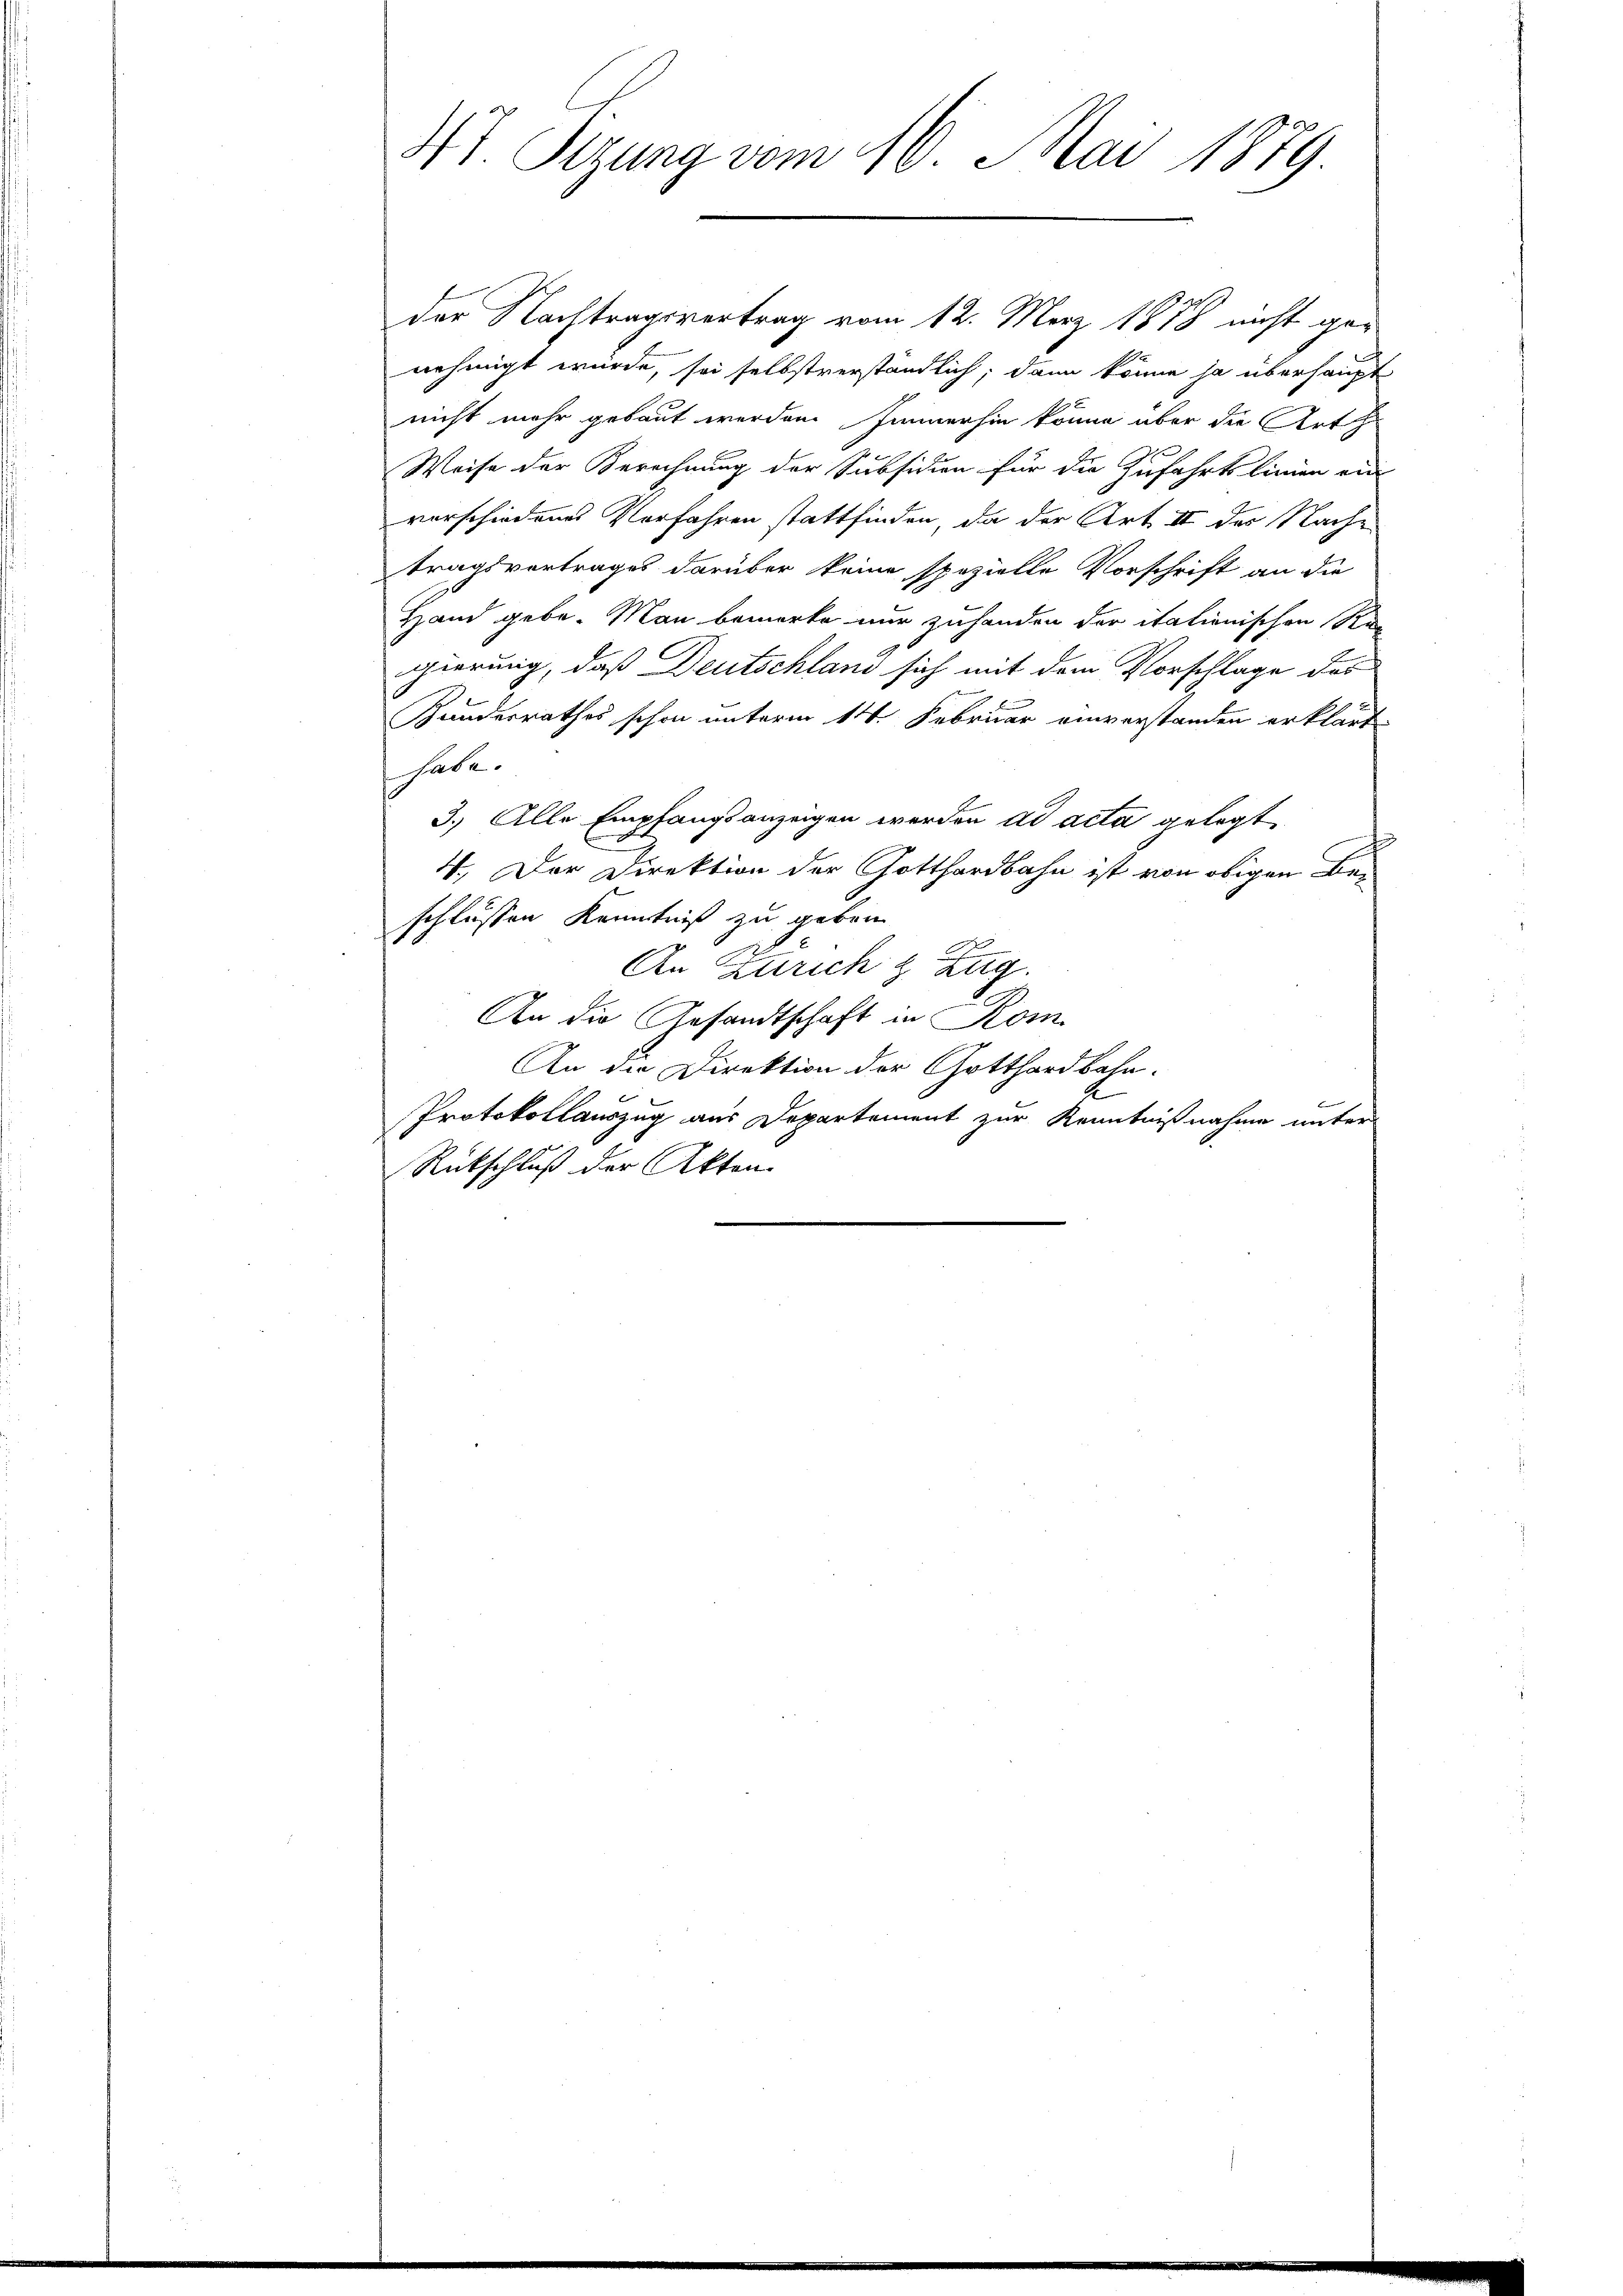
7 Sizung vom 16. Mai 1879.

der Nachtragsvertrag vom 12. März 1878 nicht genehmigt wurde, sei selbstverständlich; dann könne ja überhaupt
nicht mehr gebaut werden Immerhin könne über die Arth
Weise der Berechnung der Subsidien für die Zufahrtslinien ein
vorschiedenes Verfahren stattfinden, da der Art II des Nachtragsvertrages darüber keine spezielle Vorschrift an die
Hand gebe. Man bemerke nur zuhanden der itationischen Re-
gierung, daß Deutschland sich mit dem Vorschlage des
Kundesrathes schon unterm 14. Februar einverstanden erklärt
habe.
3.) Alle Empfangsanzeigen werden ad acta gelegt
4. Der Direktion der Gotthardbahn ist von obigen Beschlüssen Kenntniß zu geben
A
An Zürich & Zug.
An die Gesandtschaft in Kom
An die Direktion der Gotthardbahn.
d
Protokollauszug aus Departement zur Kenntnißnahme unter
Rückschluß der Akten.